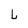
Character: L